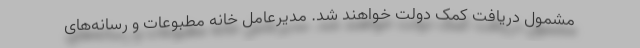
مشمول دریافت کمک دولت خواهند شد. مدیرعامل خانه مطبوعات و رسانه‌های